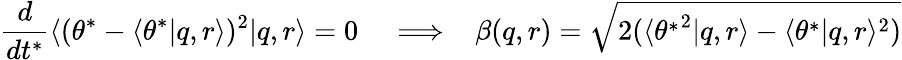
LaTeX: \frac{d}{dt^{*}}\langle(\theta^{*}-\langle\theta^{*}|q,r\rangle)^{2}|q,r\rangle=0\; \; \; \implies\; \; \beta(q,r)=\sqrt{2(\langle{\theta^{*}}^{2}|q,r\rangle-\langle\theta^{*}|q,r\rangle^{2})}